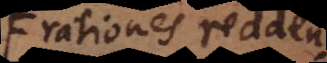
rationes reddentium